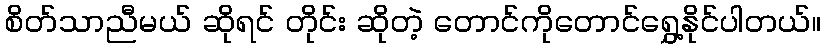
စိတ်သာညီမယ် ဆိုရင် တိုင်း ဆိုတဲ့ တောင်ကိုတောင်ရွှေ့နိုင်ပါတယ်။